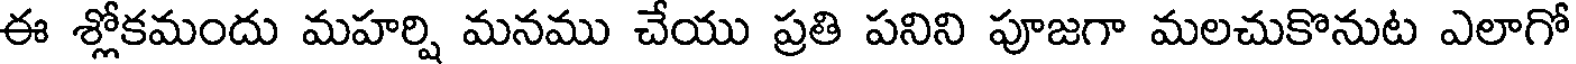
ఈ శ్లోకమందు మహర్షి మనము చేయు ప్రతి పనిని పూజగా మలచుకొనుట ఎలాగో